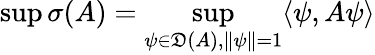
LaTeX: \operatorname*{sup}\sigma(A)=\operatorname*{sup}_{\psi\in{\mathfrak{D}}(A),\| \psi\| =1}\langle\psi,A\psi\rangle